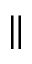
\Vert